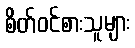
စိတ်ဝင်စားသူများ